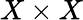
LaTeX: X\times X